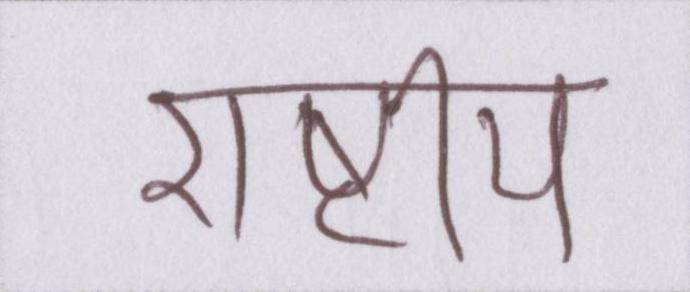
राष्टीय